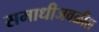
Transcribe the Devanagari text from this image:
समाधीजवळील